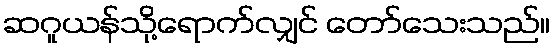
ဆဂူယန်သို့ရောက်လျှင် တော်သေးသည်။